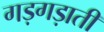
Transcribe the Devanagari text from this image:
गड़गड़ाती